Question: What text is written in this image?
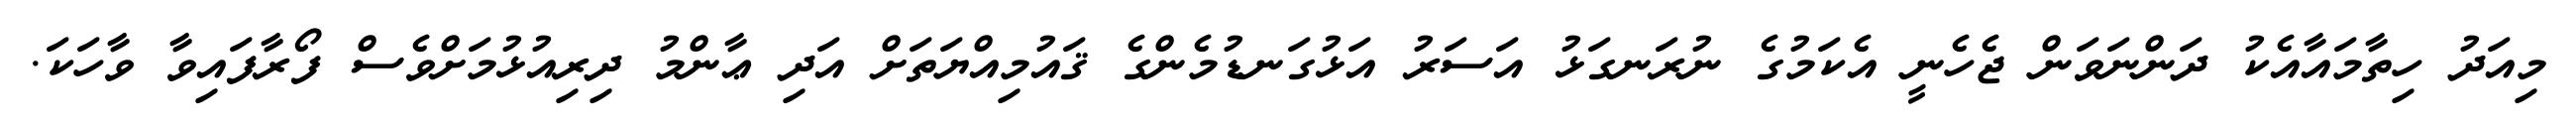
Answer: މިއަދު ހިތާމައާއެކު ދަންނަވަން ޖެހެނީ އެކަމުގެ ނުރަނގަޅު އަސަރު އަޅުގަނޑުމެންގެ ޤައުމިއްޔަތަށް އަދި ޢާންމު ދިރިއުޅުމަށްވެސް ފޯރާފައިވާ ވާހަކަ.